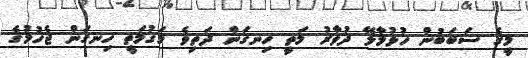
މީގެ ސަބަބުން ހުޅުމާލޭ ދުވާރު މަތީ ހިނގަން ދަތިވެ މަގުމަތީ ހިނގަން ޖެހުމުގެ